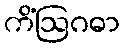
ကိံဩဂဓာ